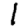
Digit: 1